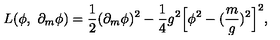
L ( \phi , \ \partial _ { m } \phi ) = \frac { 1 } { 2 } ( \partial _ { m } \phi ) ^ { 2 } - \frac { 1 } { 4 } g ^ { 2 } \Bigl [ \phi ^ { 2 } - ( \frac { m } { g } ) ^ { 2 } \Bigr ] ^ { 2 } ,